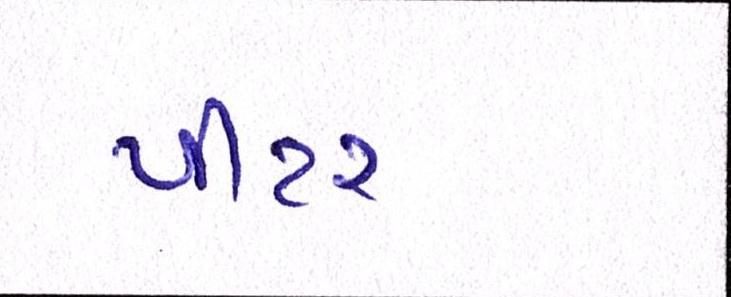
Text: પીટર